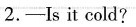
2. -Is it cold?